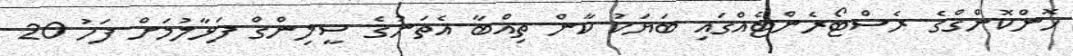
ހޮންކޮންގްގެ ރެސްޓޯރެންޓެއްގައި ބަޔަކު ކާން ތިއްބާ އެތަނުގެ ސީލިންގް ފަޅާލުމަށް ފަހު 20